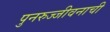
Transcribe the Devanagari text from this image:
पुनरुज्जीवनाची